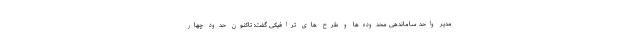
مدیر واحد ساماندهی محدوده‌ها و طرح های ترافیکی گفت: تاکنون حدود چهار